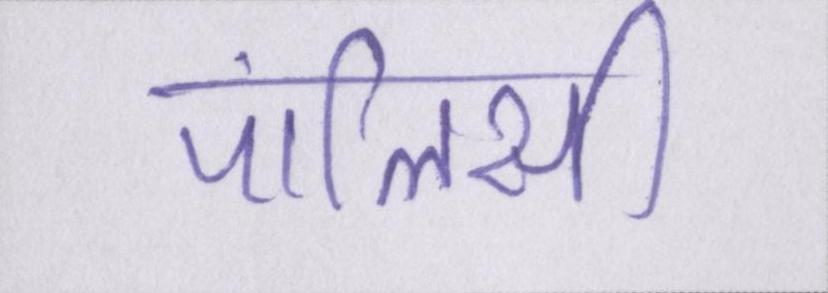
पॉलिसी